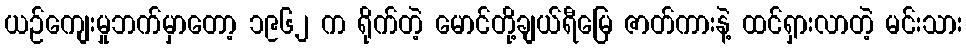
ယဉ်ကျေးမှုဘက်မှာတော့ ၁၉၆၂ က ရိုက်တဲ့ မောင်တို့ချယ်ရီမြေ ဇာတ်ကားနဲ့ ထင်ရှားလာတဲ့ မင်းသား